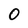
Character: 0